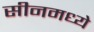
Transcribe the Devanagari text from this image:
सीनमध्ये